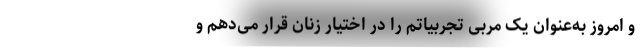
و امروز به‌عنوان یک مربی تجربیاتم را در اختیار زنان قرار می‌دهم و